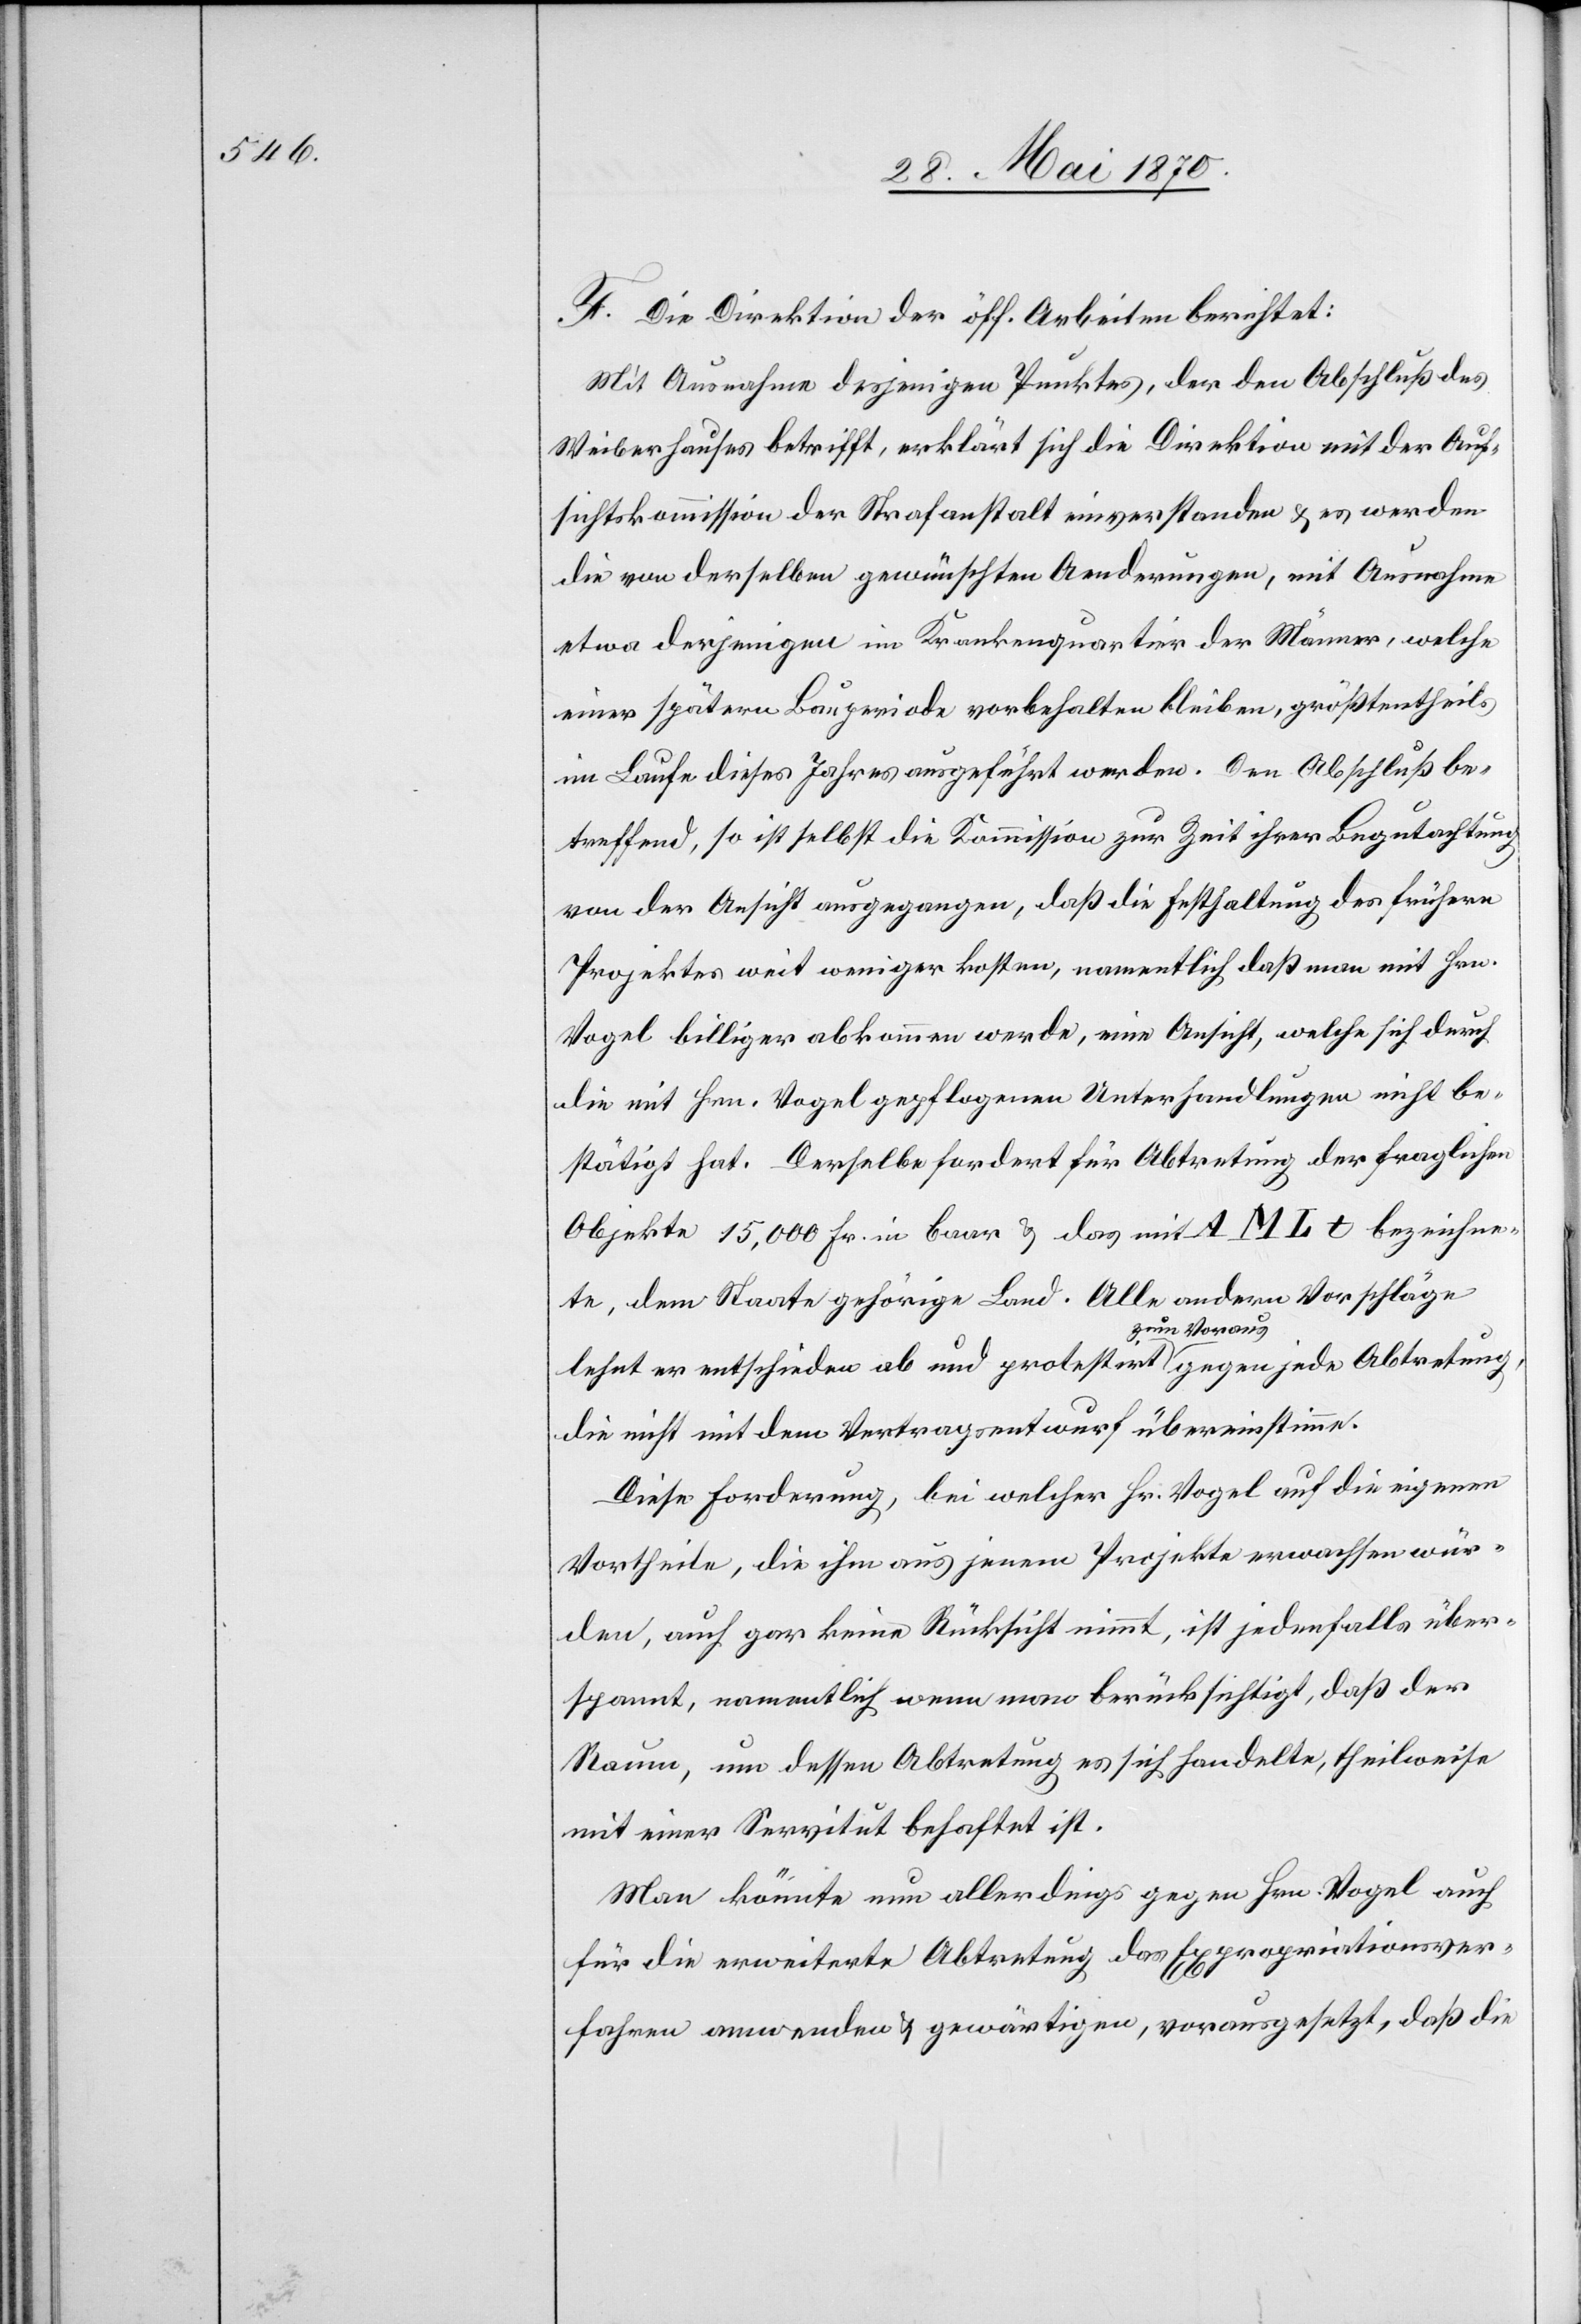
F. Die Direktion der öff. Arbeiten berichtet:
Mit Ausnahme desjenigen Punktes, der den Abschluß des
Weiberhauses betrifft, erklärt sich die Direktion mit der Auf¬
sichtskommission der Strafanstalt einverstanden & es werden
die von derselben gewünschten Aenderungen, mit Ausnahme
etwa derjenigen im Krankenquartier der Männer, welche
einer spätern Bauperiode vorbehalten bleiben, größtentheils
im Laufe dieses Jahres ausgeführt werden. Den Abschluß be¬
treffend, so ist selbst die Kommission zur Zeit ihrer Begutachtung
von der Ansicht ausgegangen, daß die Festhaltung des frühern
Projektes weit weniger kosten, namentlich daß man mit Hrn.
Vogel billiger abkommen werde, eine Ansicht, welche sich durch
die mit Hrn. Vogel gepflogenen Unterhandlungen nicht be¬
stätigt hat. Derselbe fordert für Abtretung der fraglichen
Objekte 15,000 Fr. in baar & das mit A M L t bezeichne¬
te, dem Staate gehörige Land. Alle andern Vorschläge
lehnt er entschieden ab und protestirt a-zum Voraus-a gegen jede Abtretung,
die nicht mit dem Vertragsentwurf übereinstimme.
Diese Forderung, bei welcher Hr. Vogel auf die eigenen
Vortheile, die ihm aus jenem Projekte erwachsen wür¬
den, auch gar keine Rücksicht nimmt, ist jedenfalls über¬
spannt, namentlich wenn man berücksichtigt, daß der
Raum, um dessen Abtretung es sich handelte, theilweise
mit einer Servitut behaftet ist.
Man könnte nun allerdings gegen Hrn. Vogel auch
für die erweiterte Abtretung das Expropriationsver¬
fahren anwenden & gewärtigen, vorausgesetzt, daß die